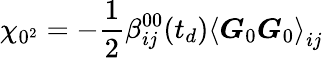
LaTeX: \chi_{0^{2}}=-\frac{1}{2}\beta_{ij}^{00}(t_{d})\left\langle\boldsymbol{G}_{0}\boldsymbol{G}_{0}\right\rangle_{ij}